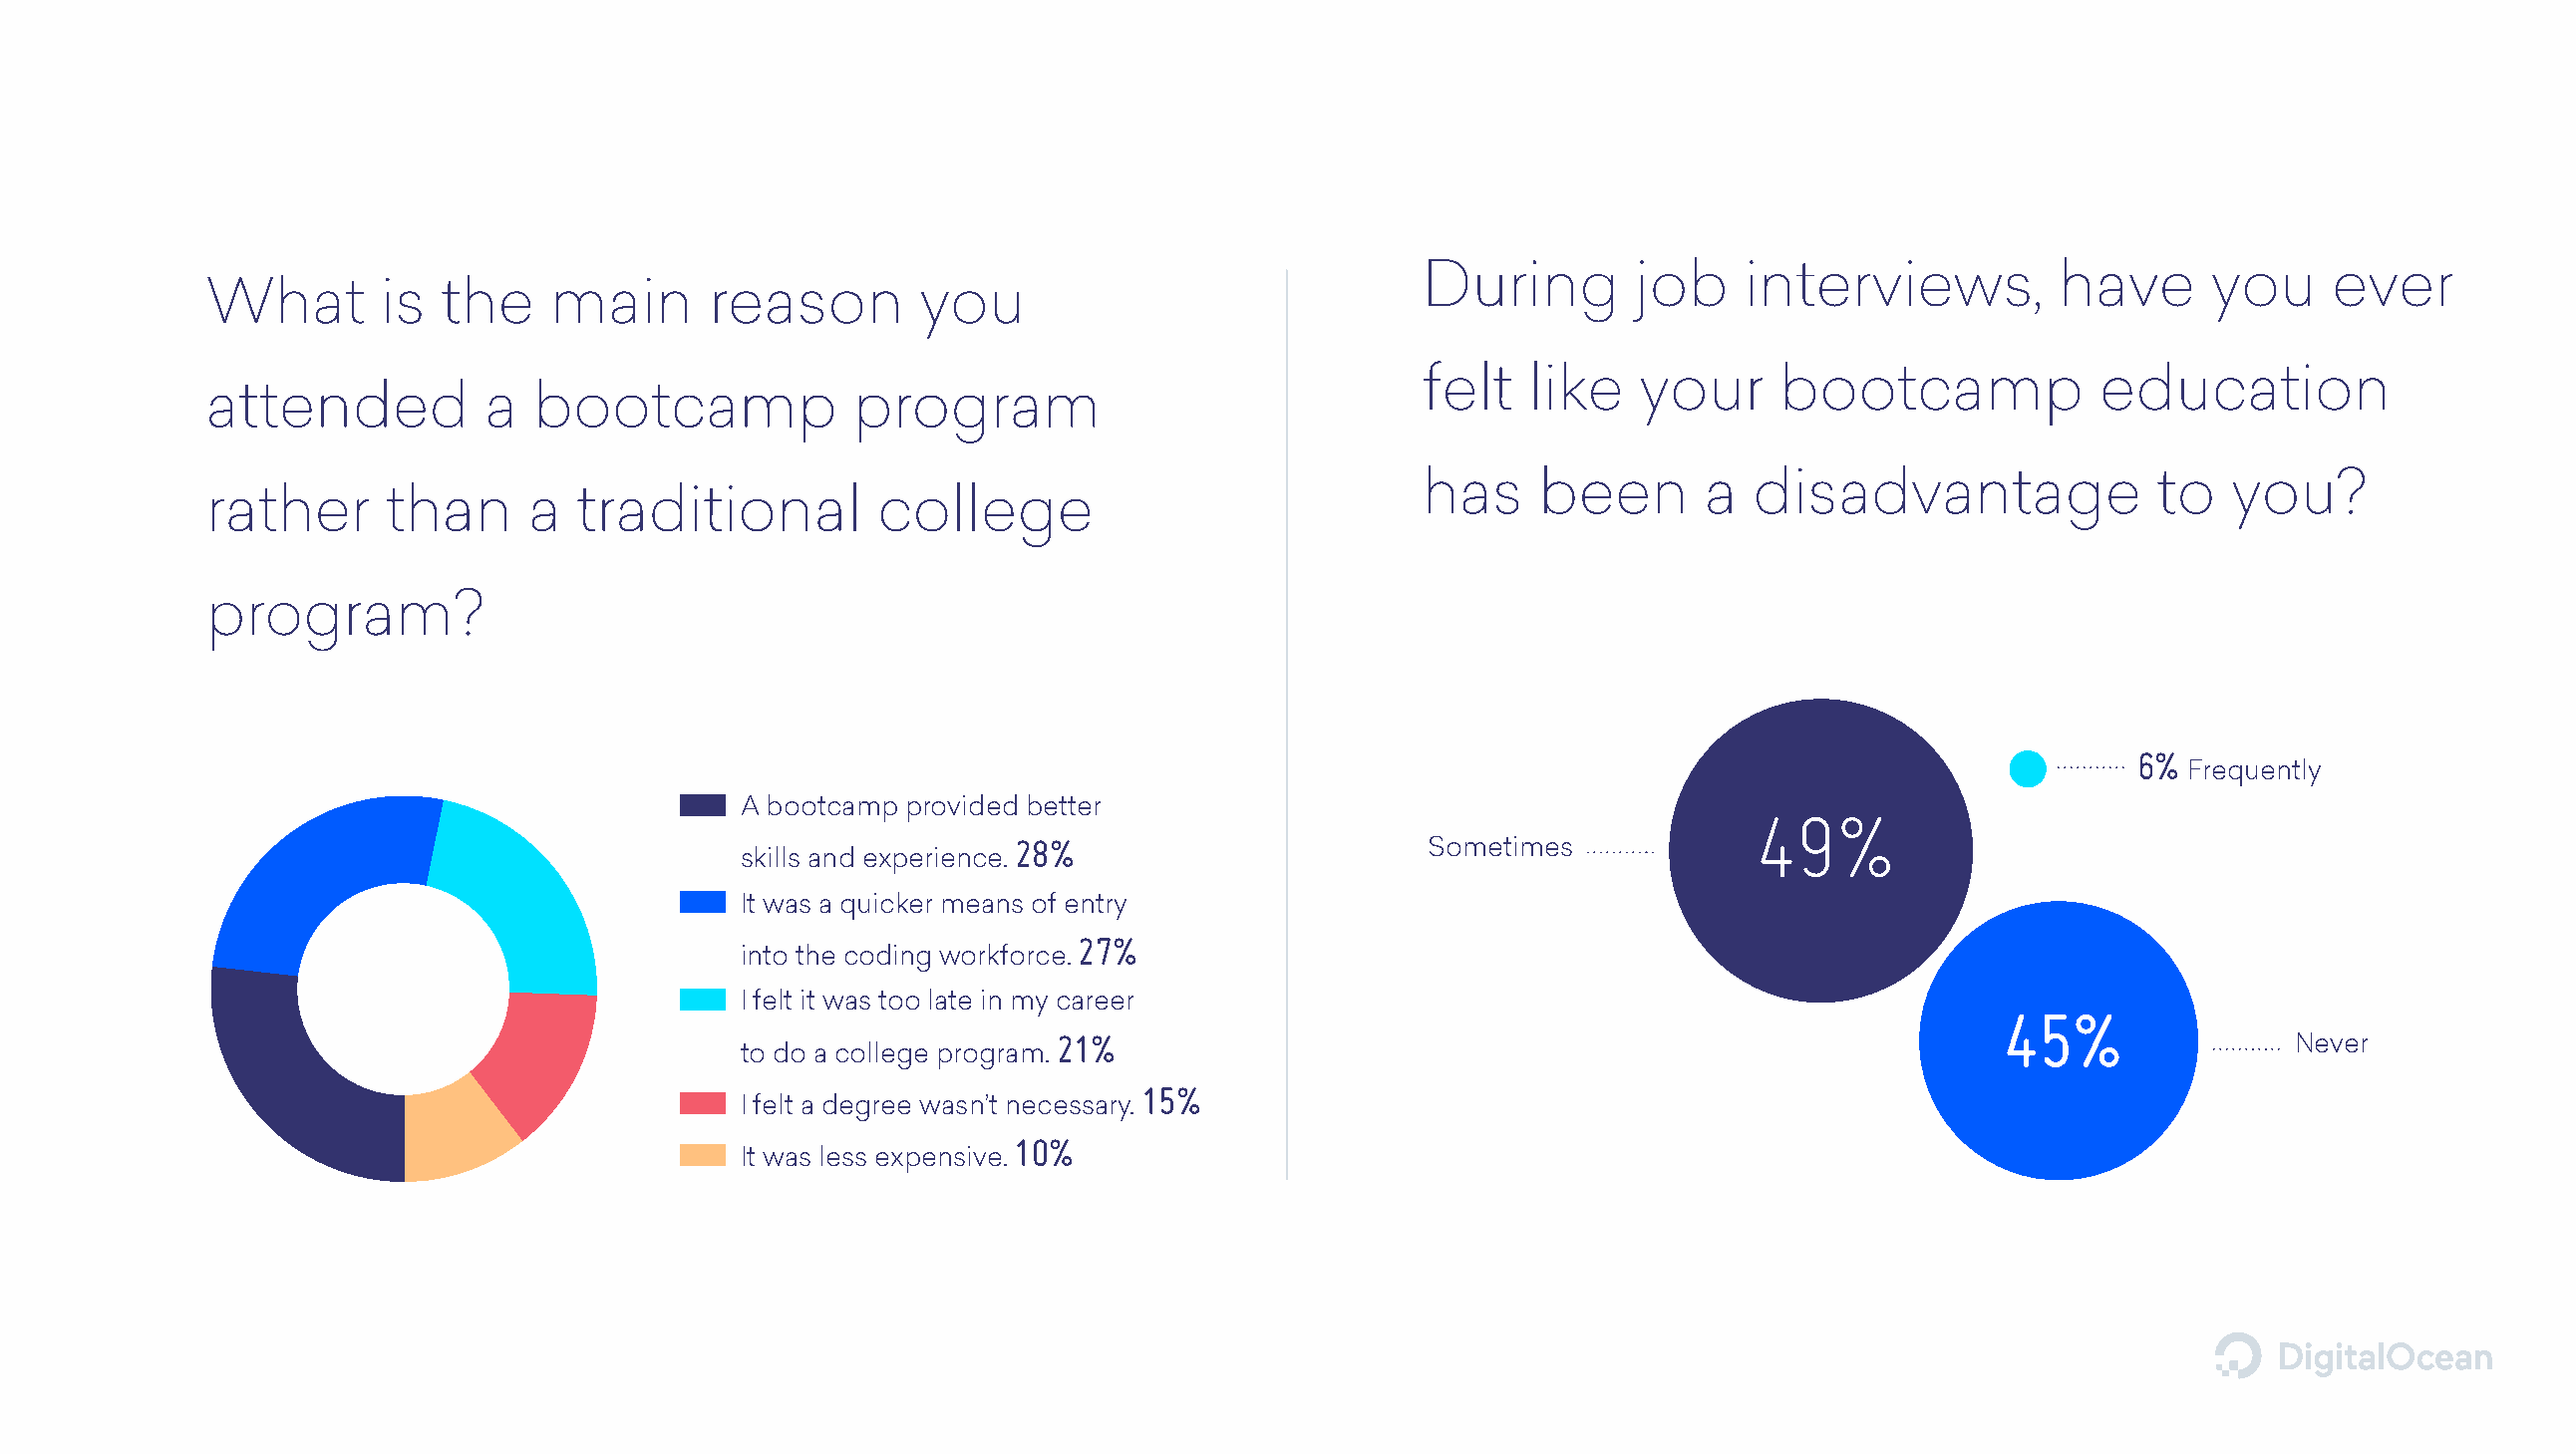
During         job    interviews,          have      you     ever
 What       is  the    main       reason        you
 felt   like    your     bootcamp             education
 attended          a  bootcamp              program
 has     been       a  disadvantage               to   you?
 rather      than     a  traditional         college
 program?
 6%
 Frequently
 A bootcamp provided better
 49%
 28%                         Sometimes
 skills and experience.
 It was a quicker means of entry
 27%
 into the coding workforce.
 I felt it was too late in my career
 45%
 21%                                                                               Never
 to do a college program.
 15%
 I felt a degree wasn’t necessary.
 10%
 It was less expensive.